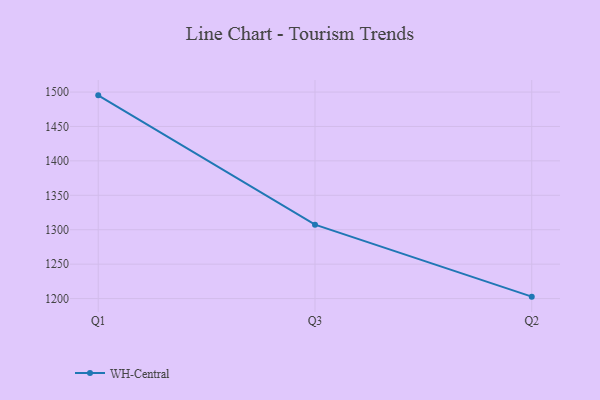
{"axis": {"x": "Quarter", "y": "Budget (USD K)"}, "legend": ["WH-Central"], "data": [{"x": "Q1", "y": 1495.2, "type": "WH-Central"}, {"x": "Q3", "y": 1307.4, "type": "WH-Central"}, {"x": "Q2", "y": 1202.8, "type": "WH-Central"}]}